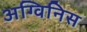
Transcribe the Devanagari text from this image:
अग्विनिस